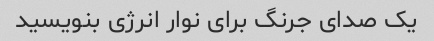
یک صدای جرنگ برای نوار انرژی بنویسید